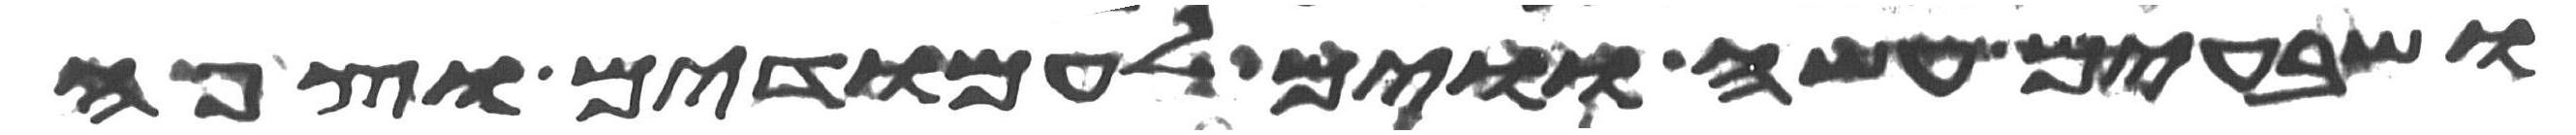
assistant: ושבעים עשה ווים לעמודים וצפה